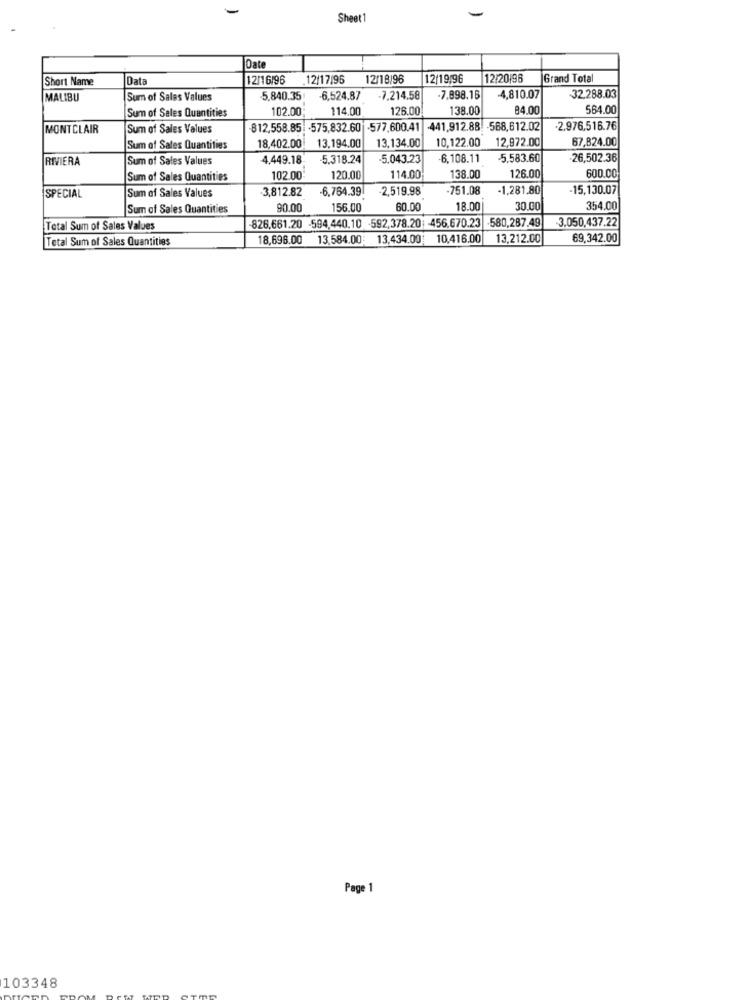
Sheet 1
Date
Short Name
Data
12/16/96
12/17/96
12/18/96
12/19/96
12/20/96
Grand Total
MALIBU
Sum of Sales Values
5.840.35
-6,524.87
-7.214.58
.7.898.16
-4,810.07
32.288.03
Sum of Sales Quantities
102.00
114.00
126.00
138.00
84.00
564.00
MONTCLAIR
Sum of Sales Values
812,558.85 -575,832.60 -577.600.41 441,912.88. - 568,612.02
-2.976,516.76
13,134.00
10,122.00
12,972.00
67,824.00
Sum of Sales Quantities
18,402.00
13.194.00
RIVIERA
Sum of Sales Values
4,449.18
5.318.24
5.043.23
6,108.11
5,583.60
26,502.36
600.00
Sum of Sales Quantities
102.00
120.00
114.00
138.00
126.00
-3,812.82
6.764.39
-2,519.98
-751.08
-1,281.80
15,130.07
SPECIAL
Sum of Sales Values
Sum of Sales Quantities
90.00
156.00
60.00
18.00
30.00
354.00
826,661.20 -594,440.10 -592,378.20; 456.670.23 -580,287.49
3,050,437.22
Total Sum of Sales Values
Total Sum of Sales Quantities
18,696.00
13.584.00:
13,434.00 10,416.00
13,212.00
69,342.00
Page 1
103348